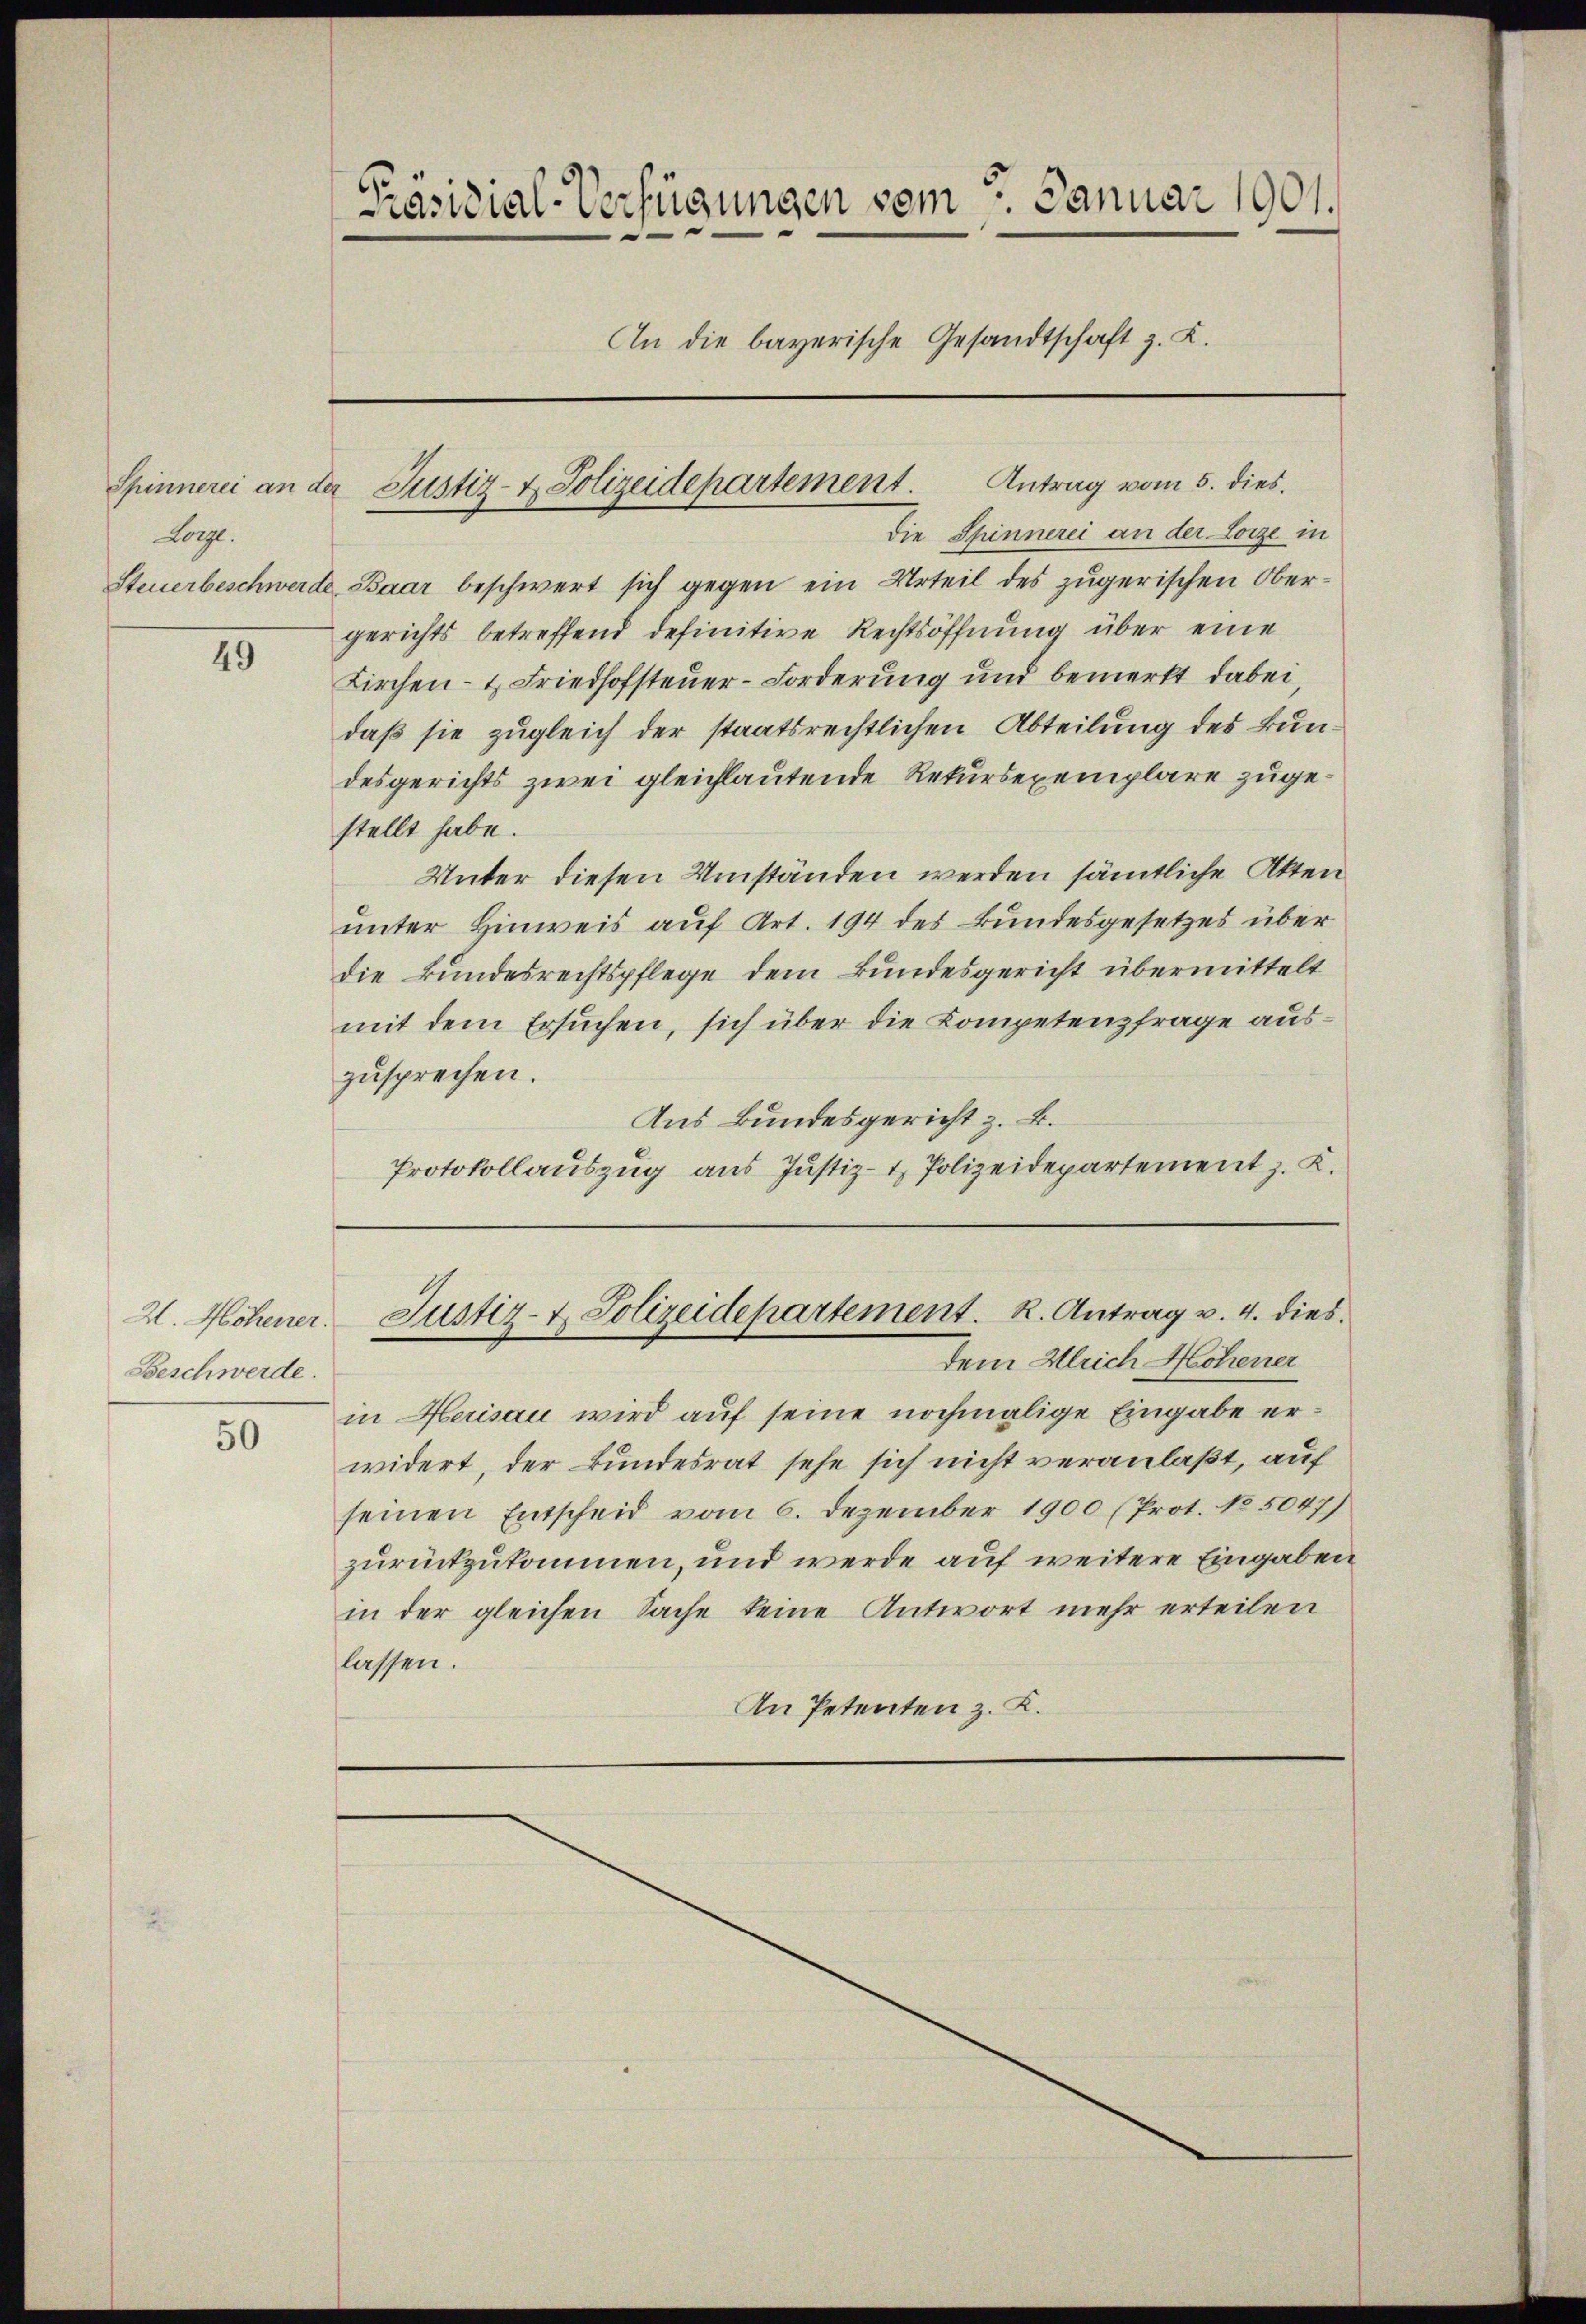
Lorge.

49

2. Höhener.
Beschwerde.

50

Präsidial-Verfügungen vom 5. Januar 1901.
d
An die bayerische Gesandtschaft z. K.

die Spinnerei an der Lorze in
Steuerbeschwerde Baar beschwert sich gegen ein Urteil des zugerischen Obergerichts betreffend definitive Rechtsöffnung über eine
Kirchen- & Friedhofsteuer-Forderung und bemerkt dabei
daß sie zugleich der staatsrechtlichen Abteilung des Bundesgerichts zwei gleichlautende Rekursexemplare zugestellt habe.
Unter diesen Umständen werden sämtliche Akten
unter Hinweis auf Art. 194 des Bundesgesetzes über
die kundesrechtspflege dem Bundesgericht übermittelt
mit dem Ersuchen, sich über die Kompetenzfrage auszusprechen.
Aus Bundesgericht z. B.
Protokollauszug aus Justiz- & Polizeidepartement z. K.

Spinnerei an der Justiz- & Polizeidepartement. Antrag vom 5. dies

Justiz- & Polizeidepartement. R. Antrag v. 4. dies

dem Gleich Hohener
in Herisau wird auf seine nochmalige Eingabe erwidert, der Bundesrat sehe sich nicht veranlaßt, auf
seinen Entscheid vom 6. Dezember 1900 (Prot. No. 5047)
zurückzukommen, und werde auf weitere Eingaben
in der gleichen Sache keine Antwort mehr erteilen
lassen.
An Petenten z. K.